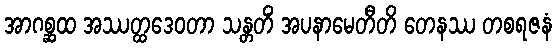
အာဂစ္ဆထ အဿတ္ထဒေဝတာ သန္တတိံ အပနာမေတီတိ တေနဿ တစရဇနံ